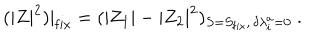
( | Z | ^ { 2 } ) | _ { \mathrm { f i x } } = ( | Z _ { 1 } | - | Z _ { 2 } | ^ { 2 } ) _ { S = S _ { \mathrm { f i x } } , \, \delta \lambda _ { i } ^ { a } = 0 } \ .